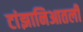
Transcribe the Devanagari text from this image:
टांझानिआतली